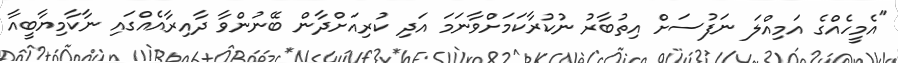
"އެމީހެއްގެ އަމިއްލަ ނަފުސަށް އިތުބާރު ނުކުރާކަމަށްވާނަމަ އަދި ކުރިއަށްދާން ބޭނުންވާ ދާއިރާއެއްގައި ނާކާމިޔާބީއާ